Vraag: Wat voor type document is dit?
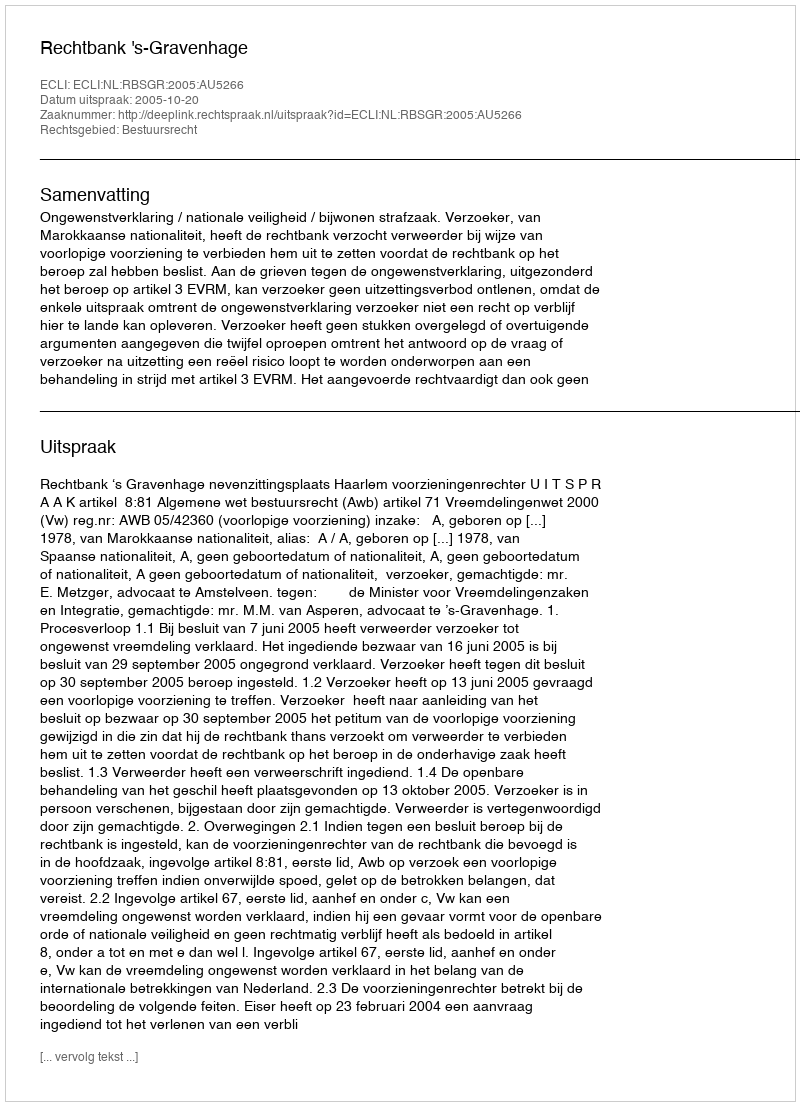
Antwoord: Uitspraak